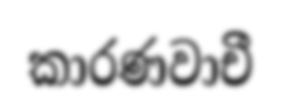
කාරණවාචී